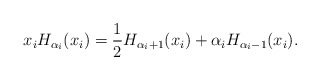
\begin{align*}x_{i}H_{\alpha_{i}}(x_{i})=\frac{1}{2}H_{\alpha_{i}+1}(x_{i})+\alpha_{i}H_{\alpha_{i}-1}(x_{i}).\end{align*}